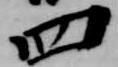
四